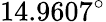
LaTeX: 14.9607^{\circ}